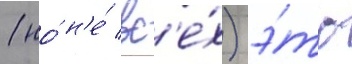
(но́ н'е́ вс'е́х) э́то